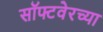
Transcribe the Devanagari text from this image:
सॉफ्टवेरच्या